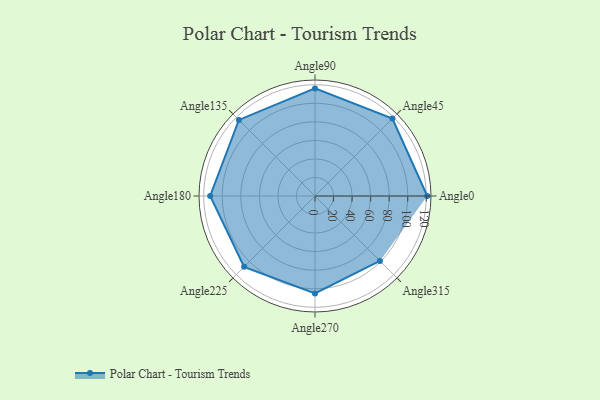
{"axis": {"x": "Angle", "y": "Radius"}, "legend": [""], "data": [{"x": "Angle0", "y": 121.0, "type": ""}, {"x": "Angle45", "y": 118.0, "type": ""}, {"x": "Angle90", "y": 116.0, "type": ""}, {"x": "Angle135", "y": 116.0, "type": ""}, {"x": "Angle180", "y": 113.0, "type": ""}, {"x": "Angle225", "y": 108.0, "type": ""}, {"x": "Angle270", "y": 105.0, "type": ""}, {"x": "Angle315", "y": 99.0, "type": ""}]}